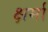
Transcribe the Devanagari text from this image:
क्षर्मा